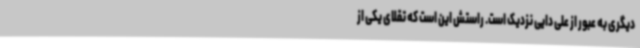
دیگری به عبور از علی دایی نزدیک است. راستش این است که تقلای یکی از